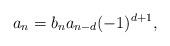
LaTeX: \begin{align*}a_n = b_n a_{n-d} (-1)^{d+1}, \end{align*}